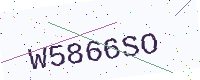
Text: W5866SO